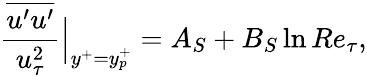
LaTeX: \frac{\overline{{u^{\prime}u^{\prime}}}}{u_{\tau}^{2}}\Big|_{y^{+}=y_{p}^{+}}=A_{S}+B_{S}\ln Re_{\tau},